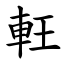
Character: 軖